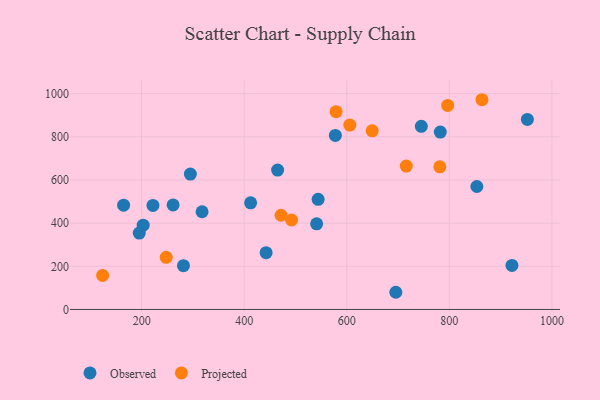
{"axis": {"x": "Experience", "y": "Exam Score"}, "legend": ["Observed", "Projected"], "data": [{"x": "922.0", "y": 204.1, "type": "Observed"}, {"x": "952.1", "y": 880.6, "type": "Observed"}, {"x": "577.7", "y": 806.7, "type": "Observed"}, {"x": "317.8", "y": 452.9, "type": "Observed"}, {"x": "442.7", "y": 263.0, "type": "Observed"}, {"x": "261.3", "y": 484.7, "type": "Observed"}, {"x": "164.8", "y": 483.3, "type": "Observed"}, {"x": "695.6", "y": 79.7, "type": "Observed"}, {"x": "195.3", "y": 354.0, "type": "Observed"}, {"x": "782.3", "y": 822.3, "type": "Observed"}, {"x": "281.5", "y": 203.1, "type": "Observed"}, {"x": "222.0", "y": 482.1, "type": "Observed"}, {"x": "412.5", "y": 494.1, "type": "Observed"}, {"x": "203.0", "y": 390.7, "type": "Observed"}, {"x": "853.6", "y": 569.9, "type": "Observed"}, {"x": "544.1", "y": 510.4, "type": "Observed"}, {"x": "295.0", "y": 627.6, "type": "Observed"}, {"x": "465.1", "y": 645.8, "type": "Observed"}, {"x": "541.2", "y": 396.8, "type": "Observed"}, {"x": "745.3", "y": 848.6, "type": "Observed"}, {"x": "605.9", "y": 854.7, "type": "Projected"}, {"x": "579.1", "y": 916.5, "type": "Projected"}, {"x": "123.9", "y": 157.6, "type": "Projected"}, {"x": "492.3", "y": 414.7, "type": "Projected"}, {"x": "716.0", "y": 664.5, "type": "Projected"}, {"x": "247.9", "y": 241.8, "type": "Projected"}, {"x": "796.7", "y": 945.6, "type": "Projected"}, {"x": "863.6", "y": 972.0, "type": "Projected"}, {"x": "471.8", "y": 436.7, "type": "Projected"}, {"x": "649.5", "y": 828.0, "type": "Projected"}, {"x": "781.4", "y": 661.0, "type": "Projected"}]}